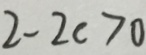
2 - 2 c > 0